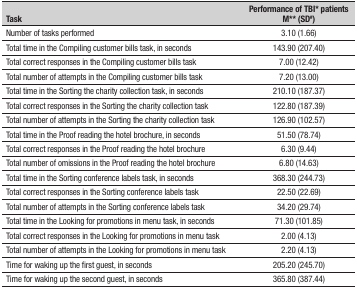
| Task | Performance of TBI* patientsM** (SD#) |
 | --- | --- |
 | Number of tasks performed | 3.10 (1.66) |
 | Total time in the Compiling customer bills task, inseconds | 143.90 (207.40) |
 | Total correct responses in the Compiling customer billstask | 7.00 (12.42) |
 | Total number of attempts in the Compiling customerbills task | 7.20 (13.00) |
 | Total time in the Sorting the charity collection task,in seconds | 210.10 (187.37) |
 | Total correct responses in the Sorting the charitycollection task | 122.80 (187.39) |
 | Total number of attempts in the Sorting the charitycollection task | 126.90 (102.57) |
 | Total time in the Proof reading the hotel brochure, inseconds | 51.50 (78.74) |
 | Total correct responses in the Proof reading the hotelbrochure | 6.30 (9.44) |
 | Total number of omissions in the Proof reading thehotel brochure | 6.80 (14.63) |
 | Total time in the Sorting conference labels task, inseconds | 368.30 (244.73) |
 | Total correct responses in the Sorting conferencelabels task | 22.50 (22.69) |
 | Total number of attempts in the Sorting conferencelabels task | 34.20 (29.74) |
 | Total time in the Looking for promotions in menu task,in seconds | 71.30 (101.85) |
 | Total correct responses in the Looking for promotionsin menu task | 2.00 (4.13) |
 | Total number of attempts in the Looking for promotionsin menu task | 2.20 (4.13) |
 | Time for waking up the first guest, in seconds | 205.20 (245.70) |
 | Time for waking up the second guest, in seconds | 365.80 (387.44) |